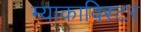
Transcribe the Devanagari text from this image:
म्याकाविरटर